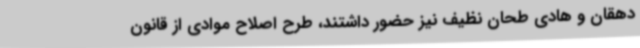
دهقان و هادی طحان نظیف نیز حضور داشتند، طرح اصلاح موادی از قانون